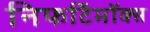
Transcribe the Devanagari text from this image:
निफर्टिमॉक्स